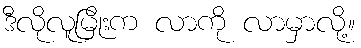
ဒီလိုလူမြိုးက လာကို လာမှာလို့။